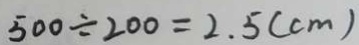
5 0 0 \div 2 0 0 = 2 . 5 ( c m )